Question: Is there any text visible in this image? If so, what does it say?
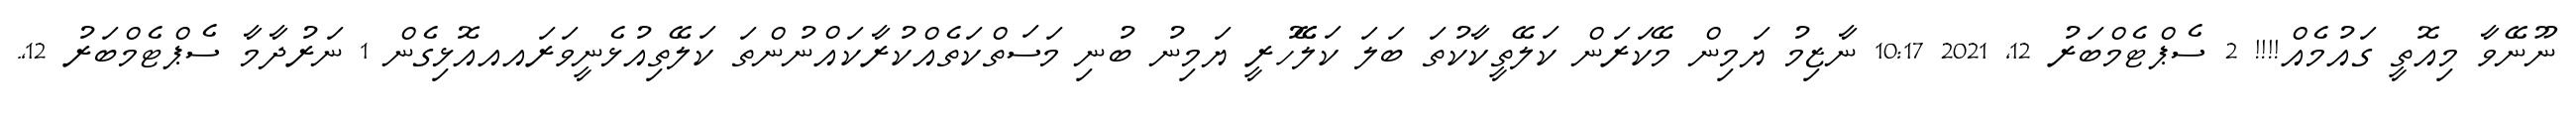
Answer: ނޫނޭވާ މިއޮތީ ގައުމެއް!!!! 2 ސެޕްޓެމްބަރު 12, 2021 10:17 ނާޒިމު ޔަމިން މޭކަރަން ކަލޭތީކާކުތަ ބަލަ ކަލެޭހުރީ ޔަމިނު ބުނި މަސަތްކަތެއްކުރާކައްނުންތަ ކަލޭތިއުޅެނީވަރައއއޮޅިގެން 1 ނަރުދާމާ ސެޕްޓެމްބަރު 12,.